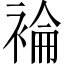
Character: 𧛈